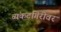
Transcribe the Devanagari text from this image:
व्यंकटगिरीवर